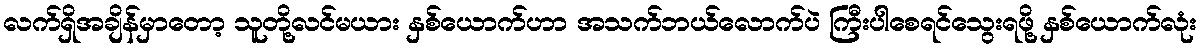
လက်ရှိအချိန်မှာတော့ သူတို့လင်မယား နှစ်ယောက်ဟာ အသက်ဘယ်လောက်ပဲ ကြီးပါစေရင်သွေးရဖို့ နှစ်ယောက်လုံး